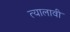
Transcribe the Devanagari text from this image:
त्यालावी